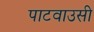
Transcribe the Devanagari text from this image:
पाटवाउसी